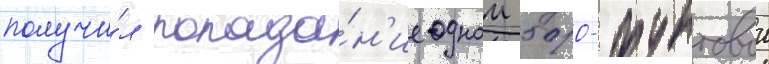
получи́л попада́н'ие однои 500-фунтовои